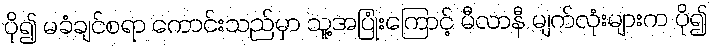
ပို၍ မခံချင်စရာ ကောင်းသည်မှာ သူ့အပြုံးကြောင့် မီလာနီ မျက်လုံးများက ပို၍